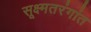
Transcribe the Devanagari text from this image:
सूक्ष्मतरंगांत